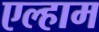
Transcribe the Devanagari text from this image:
एल्हाम